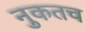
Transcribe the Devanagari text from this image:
नुकतच